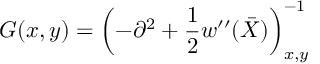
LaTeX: G ( x , y ) = \left( - \partial ^ { 2 } + \frac 1 2 w ^ { \prime \prime } ( \bar { X } ) \right) _ { x , y } ^ { - 1 }